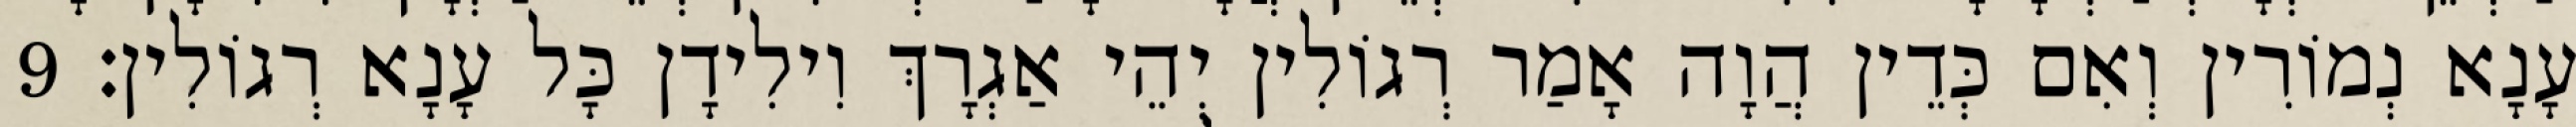
עָנָא נְמוֹרִין וְאִם כְּדֵין הֲוָה אָמַר רְגוֹלִין יְהֵי אַגְרָךְ וִילִידָן כָּל עָנָא רְגוֹלִין׃ 9